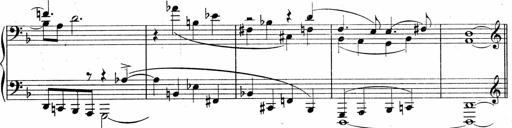
Title: Sonatina No.5
Composer: Otto Stoll
Key: F-sharp minor